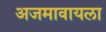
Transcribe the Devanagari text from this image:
अजमावायला